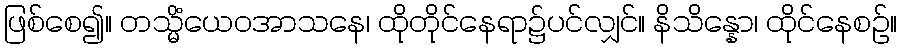
ဖြစ်စေ၍။ တသ္မိံယေဝအာသနေ၊ ထိုတိုင်နေရာ၌ပင်လျှင်။ နိသိန္နော၊ ထိုင်နေစဉ်။